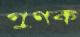
গুণক